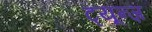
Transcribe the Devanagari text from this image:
ट्यून्ज़